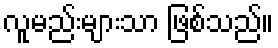
လူမည်းများသာ ဖြစ်သည်။